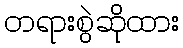
တရားစွဲဆိုထား